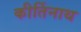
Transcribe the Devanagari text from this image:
कीर्तिनाथ